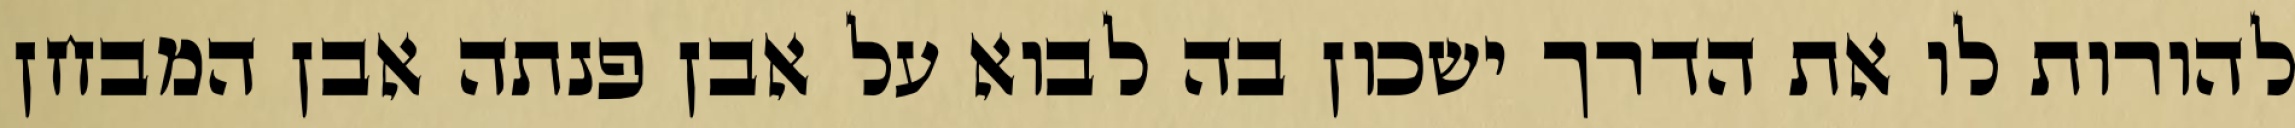
להורות לו את הדרך ישכון בה לבוא על אבן פנתה אבן המבחן